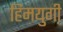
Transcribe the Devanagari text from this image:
हिमयुगी